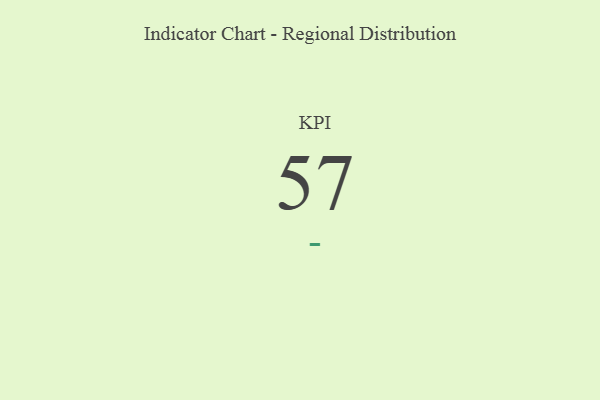
{"axis": {"x": "KPI", "y": "Value"}, "legend": [""], "data": [{"x": "KPI", "y": 57, "type": ""}]}